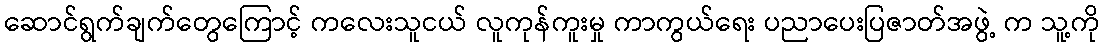
ဆောင်ရွက်ချက်တွေကြောင့် ကလေးသူငယ် လူကုန်ကူးမှု ကာကွယ်ရေး ပညာပေးပြဇာတ်အဖွဲ့ က သူ့ကို